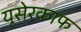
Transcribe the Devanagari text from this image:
यूसेरकाफ